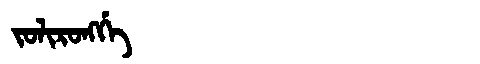
Manchu: ᠵᠣᠯᡳᡵᠣᠩᡤᡝ
Romanization: JOLIRONGGE